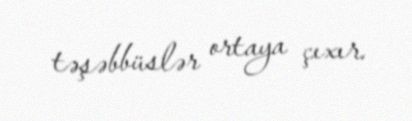
təşəbbüslər ortaya çıxır.